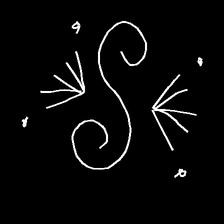
Glyph: aeroform